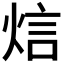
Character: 𤉘